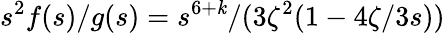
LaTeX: s^{2}f(s)/g(s)=s^{6+\mathit{k}}/(3\zeta^{2}(1-4\zeta/3s))